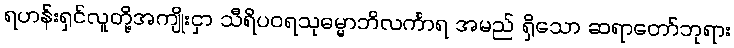
ရဟန်းရှင်လူတို့အကျိုးငှာ သီရိပဝရသုဓမ္မာဘိလင်္ကာရ အမည် ရှိသော ဆရာတော်ဘုရား